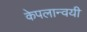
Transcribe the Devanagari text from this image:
केपलान्वयी